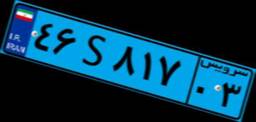
۰۳S۶۴۸۴۹